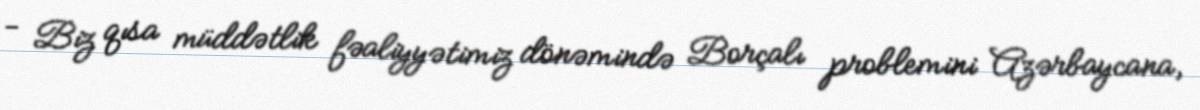
- Biz qısa müddətlik fəaliyyətimiz dönəmində Borçalı problemini Azərbaycana,